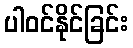
ပါဝင်နိုင်ခြင်း